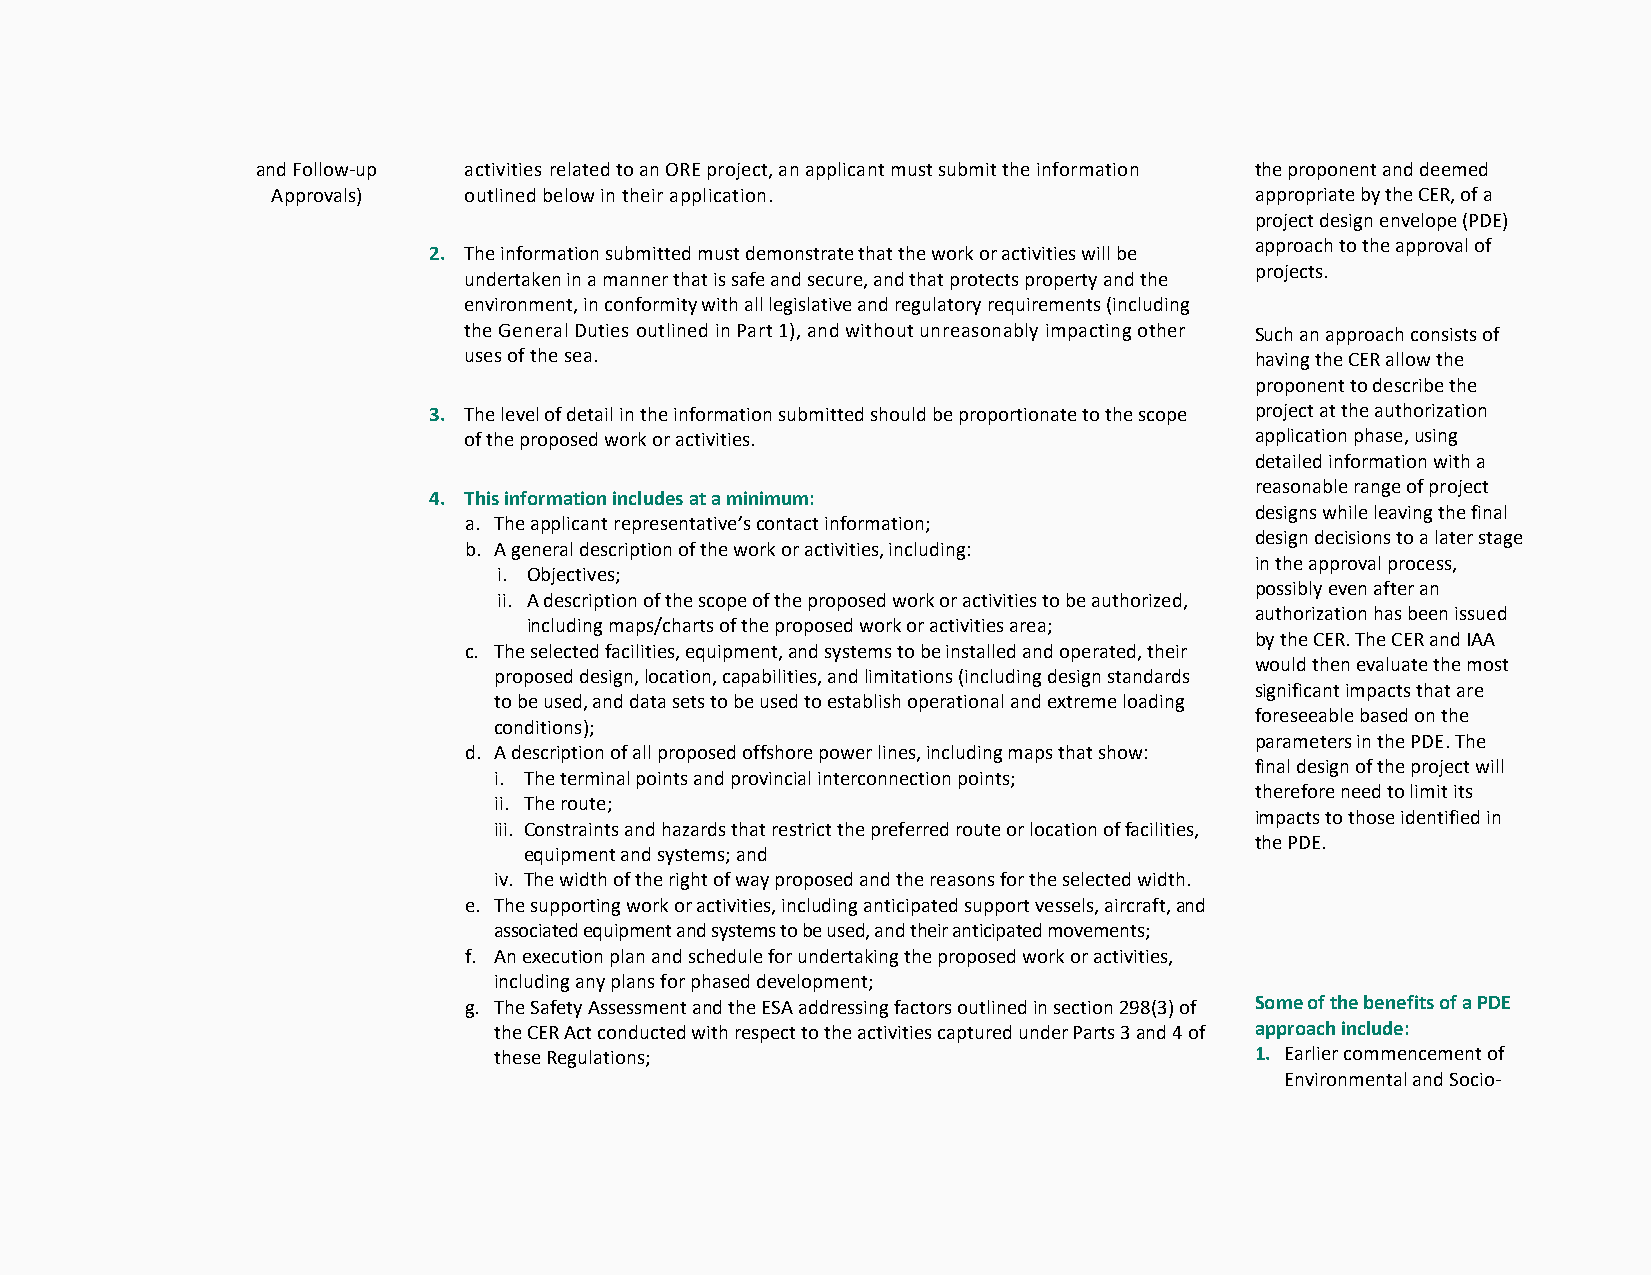
and Follow-up activities related to an ORE project, an applicant must submit the information the proponent and deemed
 Approvals)   outlined below in their application.                appropriate by the CER, of a
 project design envelope (PDE)
 approach to the approval of
 2. The information submitted must demonstrate that the work or activities will be
 projects.
 undertaken in a manner that is safe and secure, and that protects property and the
 environment, in conformity with all legislative and regulatory requirements (including
 the General Duties outlined in Part 1), and without unreasonably impacting other Such an approach consists of
 uses of the sea.                                    having the CER allow the
 proponent to describe the
 3. The level of detail in the information submitted should be proportionate to the scope project at the authorization
 of the proposed work or activities.                 application phase, using
 detailed information with a
 reasonable range of project
 4. This information includes at a minimum:
 designs while leaving the final
 a. The applicant representative’s contact information;
 design decisions to a later stage
 b. A general description of the work or activities, including:
 in the approval process,
 i. Objectives;
 possibly even after an
 ii. A description of the scope of the proposed work or activities to be authorized,
 authorization has been issued
 including maps/charts of the proposed work or activities area;
 by the CER. The CER and IAA
 c. The selected facilities, equipment, and systems to be installed and operated, their
 would then evaluate the most
 proposed design, location, capabilities, and limitations (including design standards
 significant impacts that are
 to be used, and data sets to be used to establish operational and extreme loading
 foreseeable based on the
 conditions);
 parameters in the PDE. The
 d. A description of all proposed offshore power lines, including maps that show:
 final design of the project will
 i. The terminal points and provincial interconnection points;
 therefore need to limit its
 ii. The route;
 impacts to those identified in
 iii. Constraints and hazards that restrict the preferred route or location of facilities,
 the PDE.
 equipment and systems; and
 iv. The width of the right of way proposed and the reasons for the selected width.
 e. The supporting work or activities, including anticipated support vessels, aircraft, and
 associated equipment and systems to be used, and their anticipated movements;
 f. An execution plan and schedule for undertaking the proposed work or activities,
 including any plans for phased development;
 g. The Safety Assessment and the ESA addressing factors outlined in section 298(3) of Some of the benefits of a PDE
 the CER Act conducted with respect to the activities captured under Parts 3 and 4 of approach include:
 these Regulations;                                1. Earlier commencement of
 Environmental and Socio-